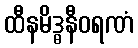
ထီနမိဒ္ဓနီဝရဏံ